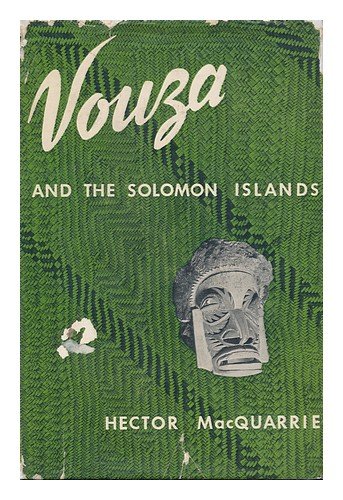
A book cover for Vouza and the Solomon Islands; Hector Macquarrie; Travel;